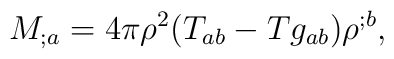
M_{;a} = 4\pi\rho^2 (T_{ab} - T g_{ab}) \rho^{;b},